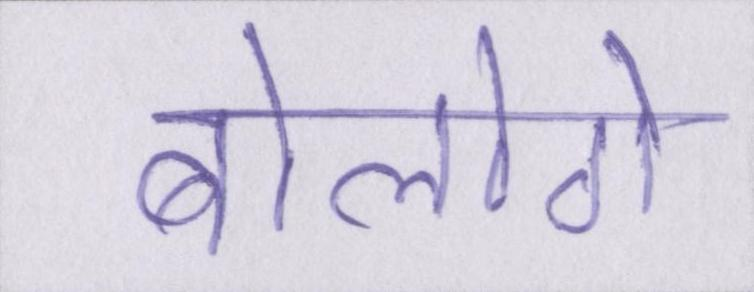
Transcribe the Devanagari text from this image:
बोलोगे